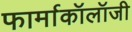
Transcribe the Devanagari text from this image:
फार्माकॉलॉजी